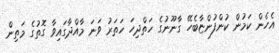
އެހެން ކަމުން ކުންފުންޏާބެހޭ ގާނޫނުގެ ހަތްދިހަ ހަތަރު ވަނަ މާއްދާގައިވާ ގޮތުގެ މަތިން